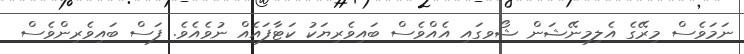
ނަމަވެސް މިރޭގެ އެލިމިނޭޝަން ޝޯވގައި އެއްވެސް ބައިވެރިޔަކު ކަޓާފައެއް ނުވެއެވެ. ފަސް ބައިވެރިންވެސް